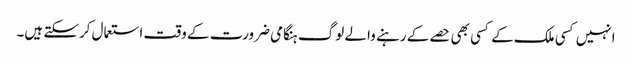
انہیں کسی ملک کے کسی بھی حصے کے رہنے والے لوگ ہنگامی ضرورت کے وقت استعمال کرسکتے ہیں۔